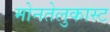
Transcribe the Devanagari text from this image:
मोनतेलुकास्ट